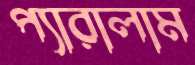
প্যারালাম